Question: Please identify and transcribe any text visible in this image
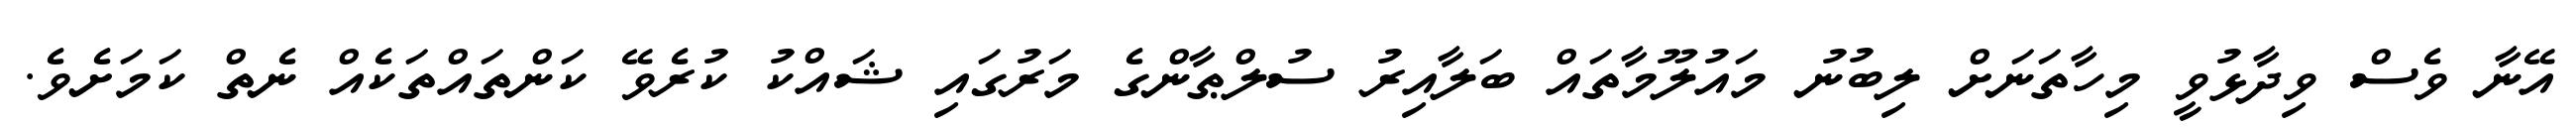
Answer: އޭނާ ވެސް ވިދާޅުވީ މިހާތަނަށް ލިބުނު މައުލޫމާތައް ބަލާއިރު ސުލްޠާންގެ މަރުގައި ޝައްކު ކުރެވޭ ކަންތައްތަކެއް ނެތް ކަމަށެވެ.